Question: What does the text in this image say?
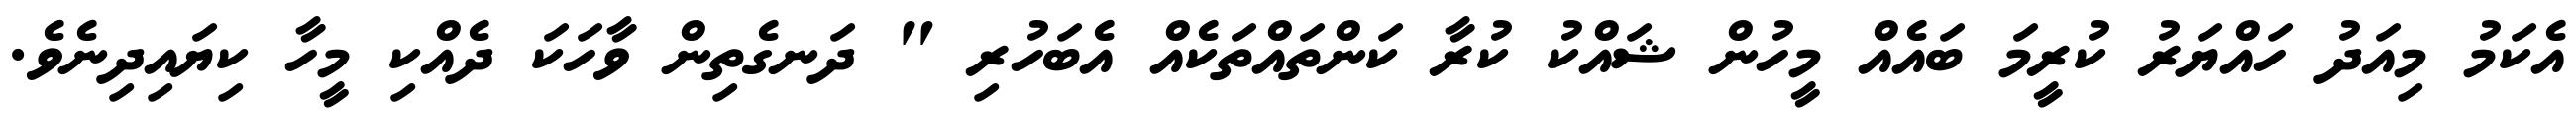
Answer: އެކަމު މިއަދު ހައްޔަރު ކުރީމަ ބައެއް މީހުން ޝައްކު ކުރާ ކަންތައްތަކެއް އެބަހުރި " ދަނގެތިން ވާހަކަ ދެއްކި މީހާ ކިޔައިދިނެވެ.